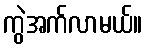
ကွဲအက်လာမယ်။